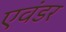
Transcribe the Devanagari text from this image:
एवंडर